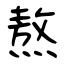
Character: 熬